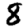
Digit: 8